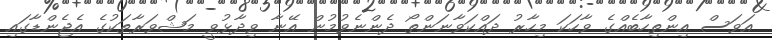
އަވަސް އިންތިހާބެއްގެ ވާހަކަ މިހާރު ދައްކަވާނަންތޯ ދެންނެވުމުން އޭނާ ވިދާޅުވީ މަޝްވަރާތަކުގެ އެޖެންޑާގައި